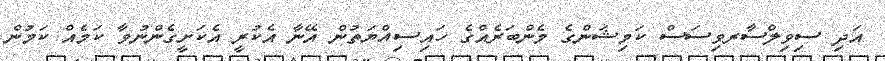
އަދި ސިވިލްސާރވިސަސް ކަމިޝަންގެ މެންބަރެއްގެ ހައިސިއްޔަތުން އޭނާ އެކުރީ އެކަށީގެންނުވާ ކަމެއް ކަމުން